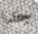
جدا